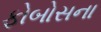
ફોબોસના